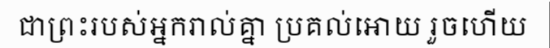
ជាព្រះរបស់អ្នករាល់គ្នា ប្រគល់អោយ រួចហើយ